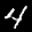
Label: 4